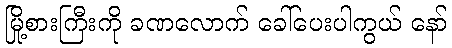
မြို့စားကြီးကို ခဏလောက် ခေါ်ပေးပါကွယ် နော်